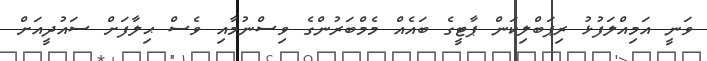
ވަނީ އަމިއްލަފުޅު ރިޕަބްލިކަން ޕާޓީގެ ބައެއް މެމްބަރުންގެ ވިސްނުމާއި ވެސް ޙިލާފަށް ސައުދީއަށް